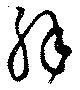
解